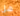
هل